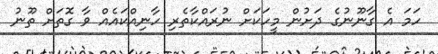
ހަމަ އެ ގާނޫނުގެ ދަށުން މީހަކަށް ނުރައްކާތެރި ހާނިއްކައެއް ވާ ގޮތަށް ތޫނު